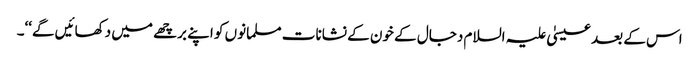
اس کے بعد عیسیٰ علیہ السلام دجال کے خون کے نشانات مسلمانوں کو اپنے برچھے میں دکھائیں گے‘‘۔